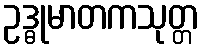
ဥဒ္ဓုမာတကသုတ္တ